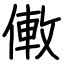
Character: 僌